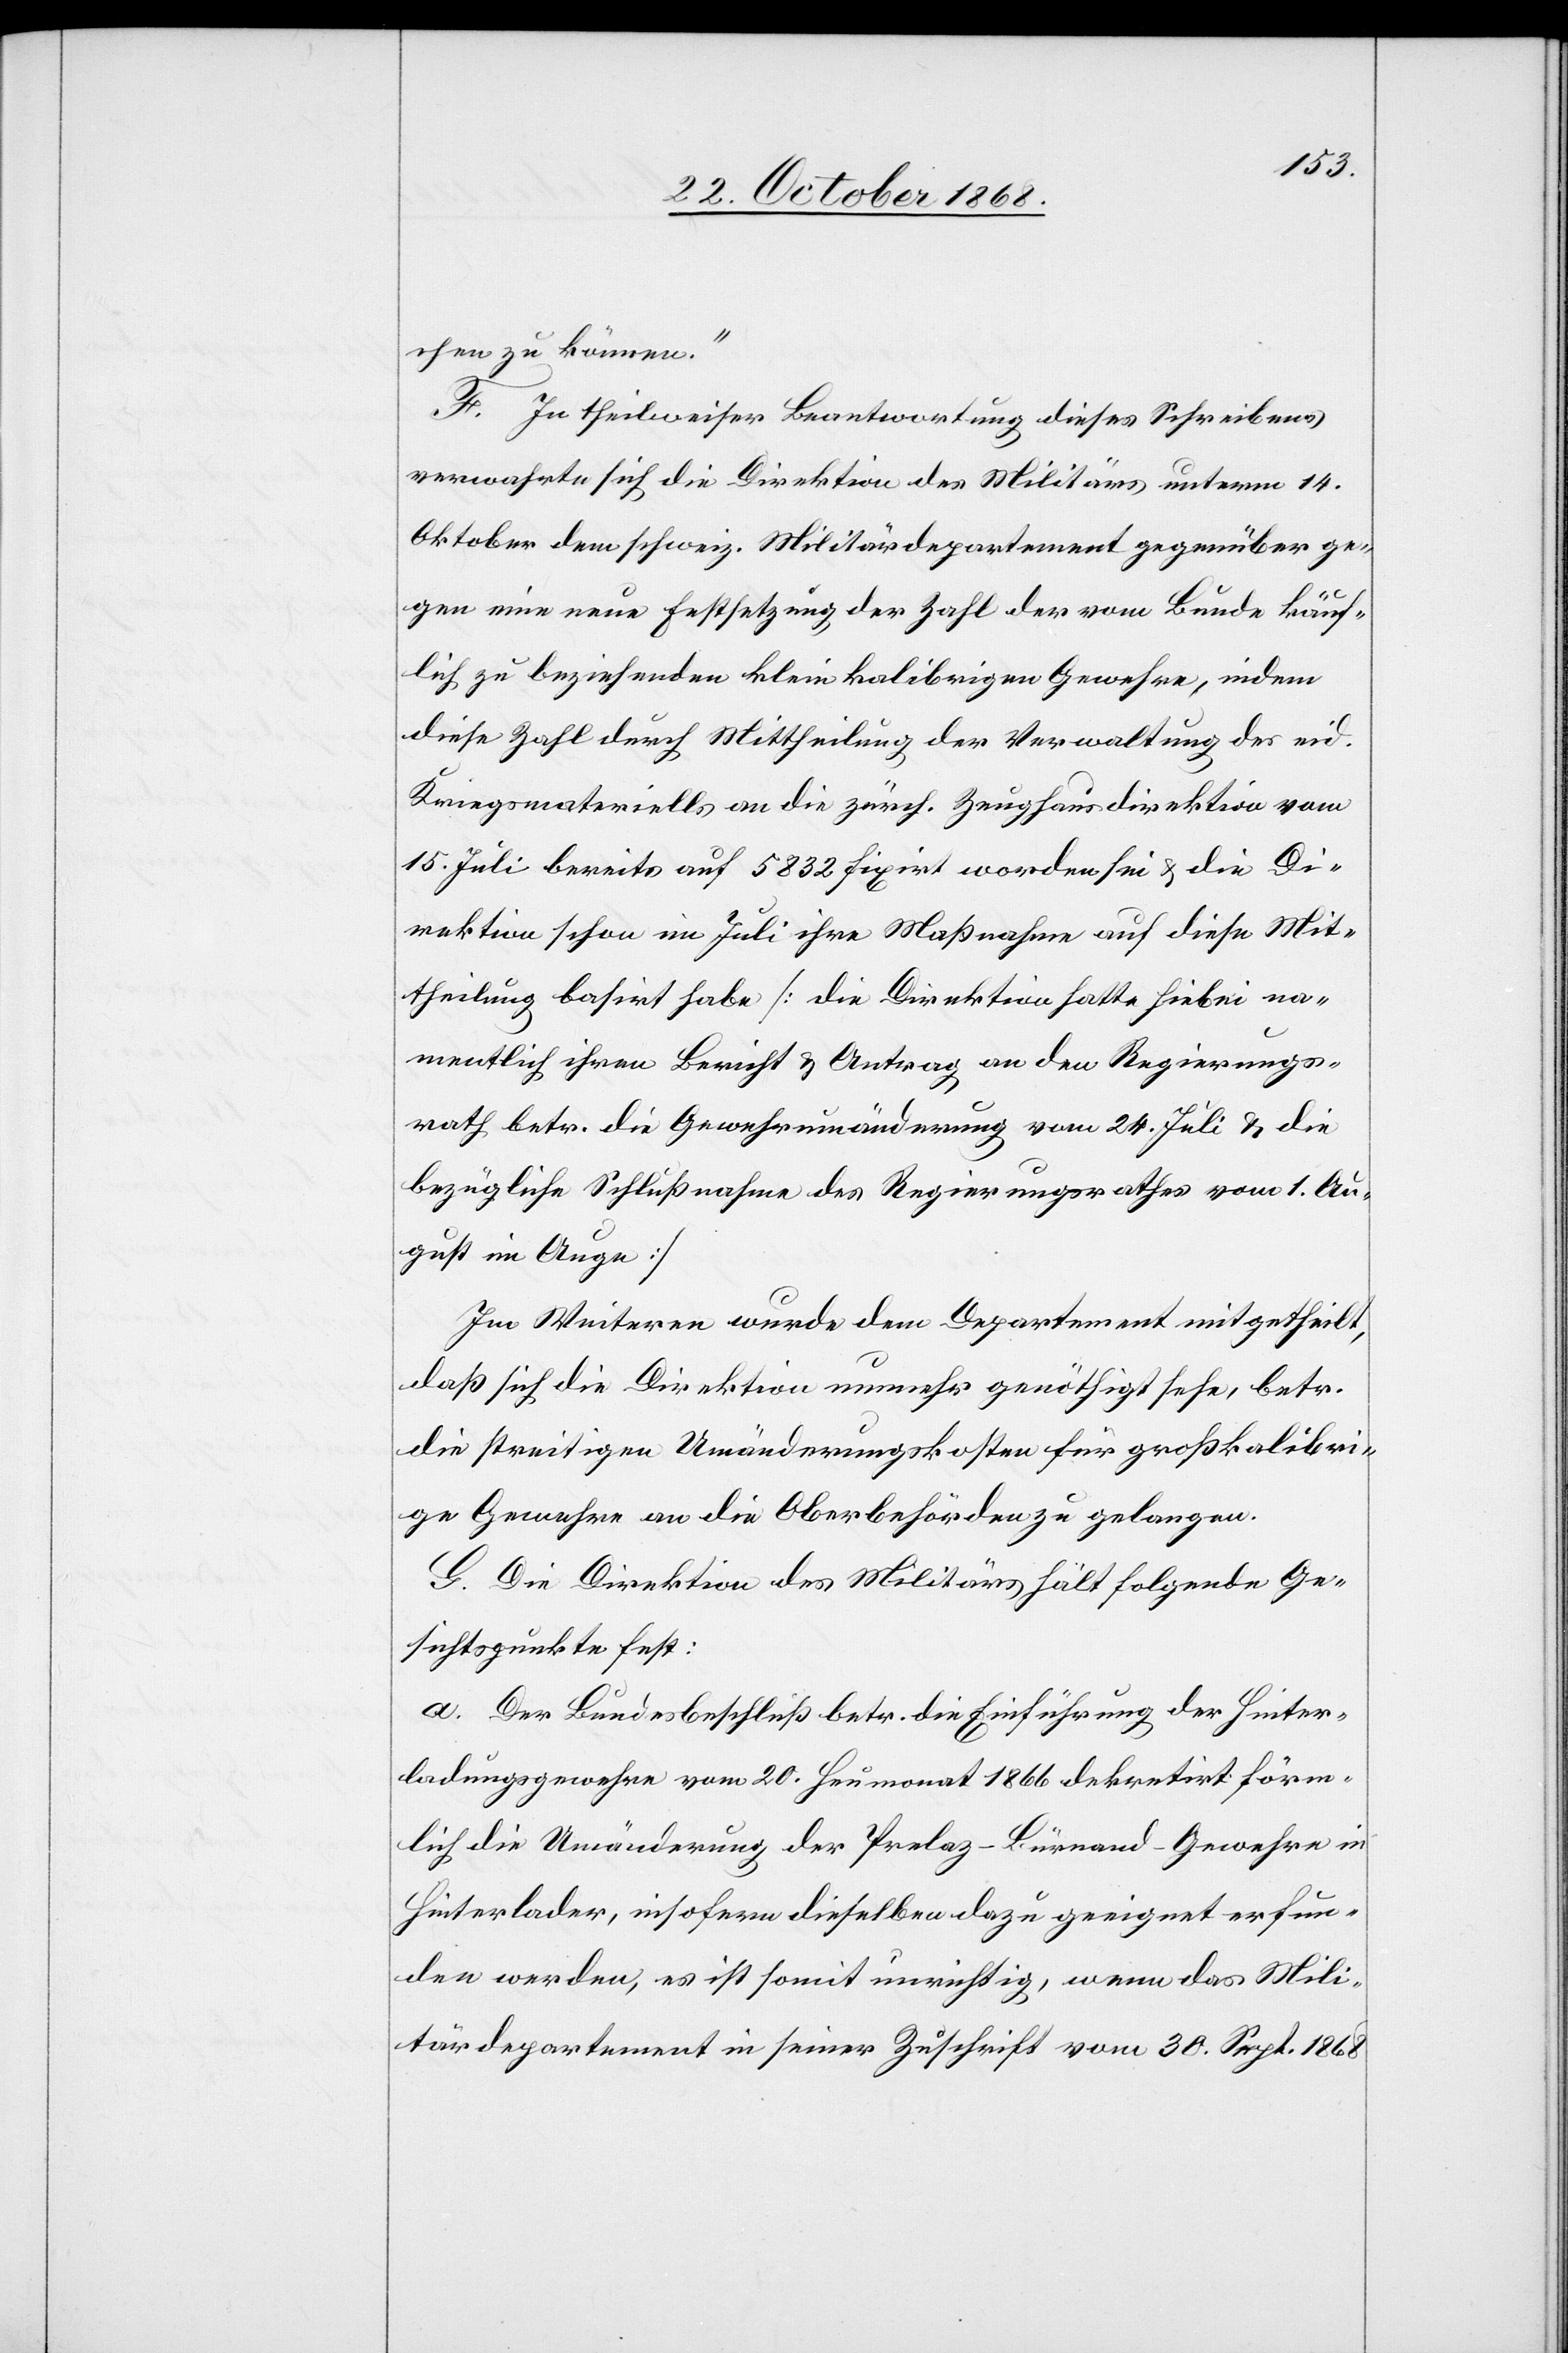
chen zu können.“
F. In theilweiser Beantwortung dieses Schreibens
verwahrte sich die Direktion des Militärs unterm 14.
Oktober dem schweiz. Militärdepartement gegenüber ge¬
gen eine neue Festsetzung der Zahl der vom Bunde käuf¬
lich zu beziehenden kleinkalibrigen Gewehre, indem
diese Zahl durch Mittheilung der Verwaltung des eid.
Kriegsmateriells an die zürch. Zeughausdirektion vom
15. Juli bereits auf 5832 fixirt worden sei & die Di¬
rektion schon im Juli ihre Maßnahme auf diese Mit¬
theilung basirt habe [die Direktion hatte hiebei na¬
mentlich ihren Bericht & Antrag an den Regierungs¬
rath betr. die Gewehrumänderung vom 24. Juli & die
bezügliche Schlußnahme des Regierungsrathes vom 1. Au¬
gust im Auge]
Im Weiteren wurde dem Departement mitgetheilt,
daß sich die Direktion nunmehr genöthigt sehe, betr.
die streitigen Umänderungskosten für großkalibri¬
ge Gewehre an die Oberbehörden zu gelangen.
G. Die Direktion des Militärs hält folgende Ge¬
sichtspunkte fest:
Der Bundesbeschluß betr. die Einführung der Hinter¬
ladungsgewehre vom 20. Heumonat 1866 dekretirt förm¬
lich die Umänderung der Prelaz-Bürnand-Gewehre in
Hinterlader, insofern dieselben dazu geeignet erfun¬
den werden, es ist somit unrichtig, wenn das Mili¬
tärdepartement in seiner Zuschrift vom 30. Sept. 1868